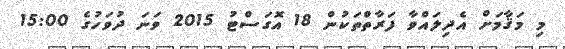
މި މަޤާމަށް އެދިލައްވާ ފަރާތްތަކުން 18 އޮގަސްޓު 2015 ވަނަ ދުވަހުގެ 15:00